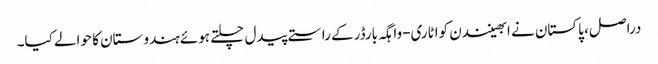
دراصل، پاکستان نے ابھینندن کواٹاری-واہگہ بارڈرکے راستے پیدل چلتے ہوئے ہندوستان کا حوالے کیا۔